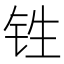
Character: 𰽫